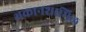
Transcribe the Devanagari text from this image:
थकानशामिल